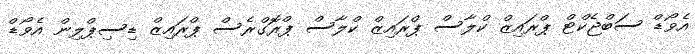
އެވޯޑް ސަބްޖެކްޓް ޕްރައިޒް ކްލާސް ޕްރައިޒް ކްލާސް ޕްރޮގްރެސް ޕްރައިޒް ޑިސިޕްލިން އެވޯޑް